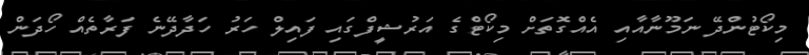
މިކޯޓުންދޭ ނަމޫނާއާއި އެއްގޮތަށް މިކޯޓްގެ އަރުޝީފްގައި ފައިލް ހަރު ހަދާދޭނެ ފަރާތެއް ހޯދަން